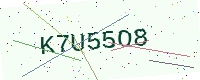
Text: K7U55O8